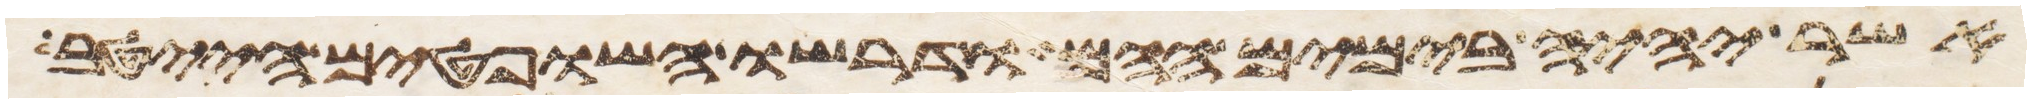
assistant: אשר יהיה בימים ההם ודרשו השפטים הייטב